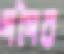
গগৈর